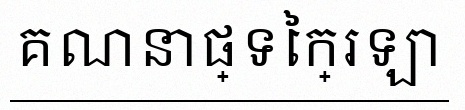
គណនាផ្ទៃក្រឡា